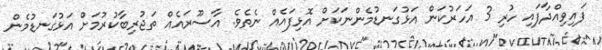
ފައިވިއްދާފައި ހުރި 3 އަހަރުކަން އަޅުގަނޑުމެންނަކަށް އޮޅިފައެއް ނެތެވެ. އާސޫރައެއް ތަޖުރިބާކުރުމަށް އަޅުގަނޑުމެން